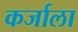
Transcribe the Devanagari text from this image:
कर्जाला